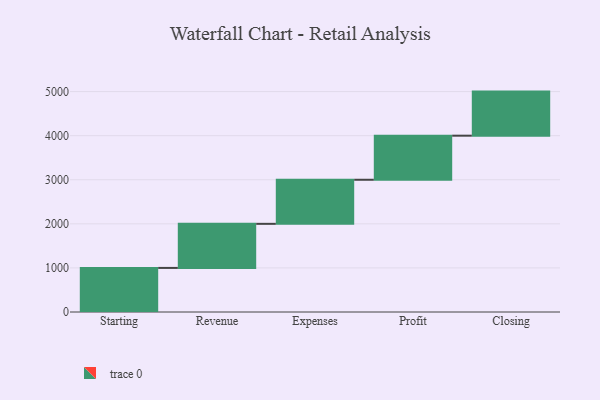
{"axis": {"x": "Step", "y": "Value"}, "legend": [""], "data": [{"x": "Starting", "y": 1000, "type": ""}, {"x": "Revenue", "y": 1000, "type": ""}, {"x": "Expenses", "y": 1000, "type": ""}, {"x": "Profit", "y": 1000, "type": ""}, {"x": "Closing", "y": 1000, "type": ""}]}